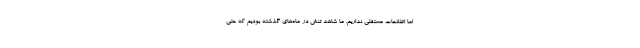
اما اطلاعات مستقلی نداریم. ما شاهد تنش در ماه‌های گذشته بودیم که حتی